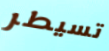
تسيطر